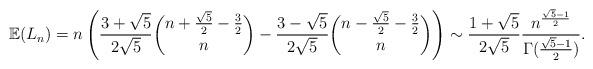
LaTeX: \begin{align*} \mathbb{E}(L_{n}) = n \left(\frac{3+\sqrt{5}}{2 \sqrt{5}} \binom{n+\frac{\sqrt{5}}{2}-\frac{3}{2}}{n} - \frac{3-\sqrt{5}}{2 \sqrt{5}} \binom{n-\frac{\sqrt{5}}{2} - \frac{3}{2}}{n}\right) \sim \frac{1+\sqrt{5}}{2 \sqrt{5}} \frac{n^{\frac{\sqrt{5}-1}{2}}}{\Gamma(\frac{\sqrt{5}-1}{2})}.\end{align*}